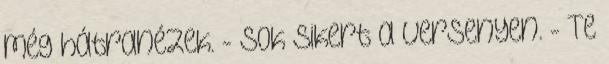
még hátranézek. - Sok sikert a versenyen. - Te